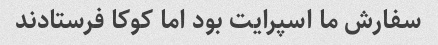
سفارش ما اسپرایت بود اما کوکا فرستادند